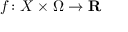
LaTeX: f \colon X \times \Omega \rightarrow \mathbf { R }